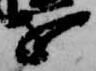
を